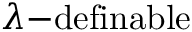
\lambda { \mathrm { - d e f i n a b l e } }